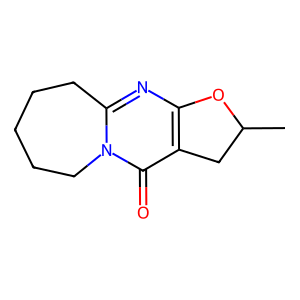
SMILES: CC1Cc2c(nc3n(c2=O)CCCCC3)O1
Inhibits HIV replication: No